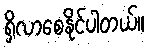
ရှိလာစေနိုင်ပါတယ်။